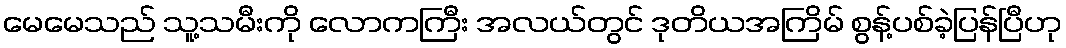
မေမေသည် သူ့သမီးကို လောကကြီး အလယ်တွင် ဒုတိယအကြိမ် စွန့်ပစ်ခဲ့ပြန်ပြီဟု